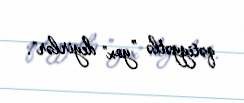
qətiyyətlə ”yox" deyirlər".